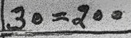
30 = 200